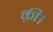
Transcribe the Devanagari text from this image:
क़ी।